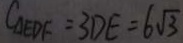
C _ { \Delta E D F } = 3 D E = 6 \sqrt { 3 }